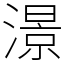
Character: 澋